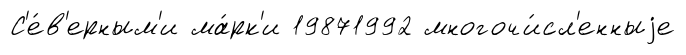
С'е́в'ерным'и ма́рк'и 19871992 многочи́сл'енныjе